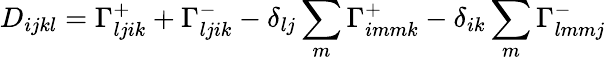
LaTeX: D_{ijkl}=\Gamma_{ljik}^{+}+\Gamma_{ljik}^{-}-\delta_{lj}\sum_{m}\Gamma_{immk}^{+}-\delta_{ik}\sum_{m}\Gamma_{lmmj}^{-}